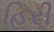
હિરી